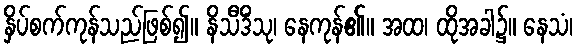
နှိပ်စက်ကုန်သည်ဖြစ်၍။ နိသီဒိံသု၊ နေကုန်၏။ အထ၊ ထိုအခါ၌။ နေသံ၊